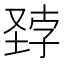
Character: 𪣽